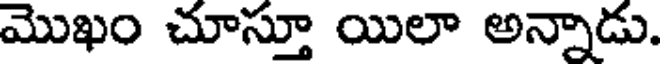
మొఖం చూస్తూ యిలా అన్నాడు.